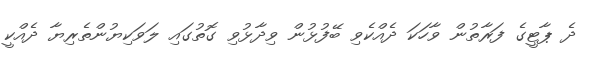
ދެ ޕާޓީގެ ފަރާތުން ވާހަކަ ދެއްކެވި ބޭފުޅުން ވިދާޅުވި ގޮތުގައި ލަވަކިޔުންތެރިޔާ ދެއްކީ